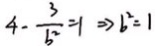
4 - \frac { 3 } { b ^ { 2 } } = 1 \Rightarrow b ^ { 2 } = 1